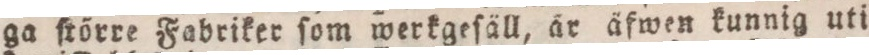
ga ſtörre Fabriker ſom werkgeſäll, är äfwen kunnig uti